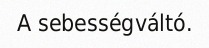
A sebességváltó.